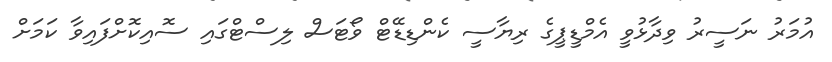
އުމަރު ނަސީރު ވިދާޅުވީ އެމްޑީޕީގެ ރިޔާސީ ކެންޑިޑޭޓް ވޯޓަސް ލިސްޓްގައި ސޮއިކޮށްފައިވާ ކަމަށް